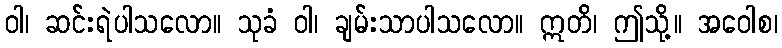
ဝါ၊ ဆင်းရဲပါသလော။ သုခံ ဝါ၊ ချမ်းသာပါသလော။ ဣတိ၊ ဤသို့။ အဝေါစ၊